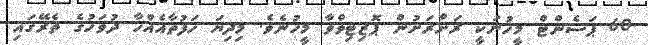
60 ޕަސެންޓް މީހުނަކީ ރަށްރަށުން ޕޮޒިޓިވްވާ މީހުނެވެ. މިދިޔަ ހަފުތާއެއްހާ ދުވަހުގެ ތެރޭގައި